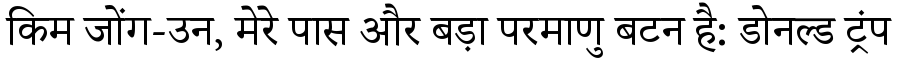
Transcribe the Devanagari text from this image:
किम जोंग-उन, मेरे पास और बड़ा परमाणु बटन है: डोनल्ड ट्रंप